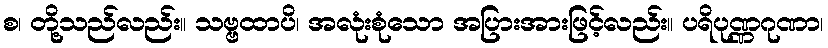
စ၊ တို့သည်လည်း။ သဗ္ဗထာပိ၊ အလုံးစုံသော အပြားအားဖြင့်လည်း။ ပရိပုဏ္ဏဂုဏာ၊